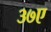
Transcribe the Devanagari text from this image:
३७ए